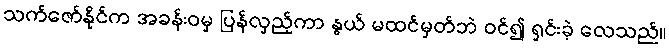
သက်ဇော်နိုင်က အခန်းဝမှ ပြန်လှည့်ကာ နွယ် မထင်မှတ်ဘဲ ဝင်၍ ရှင်းခဲ့ လေသည်။